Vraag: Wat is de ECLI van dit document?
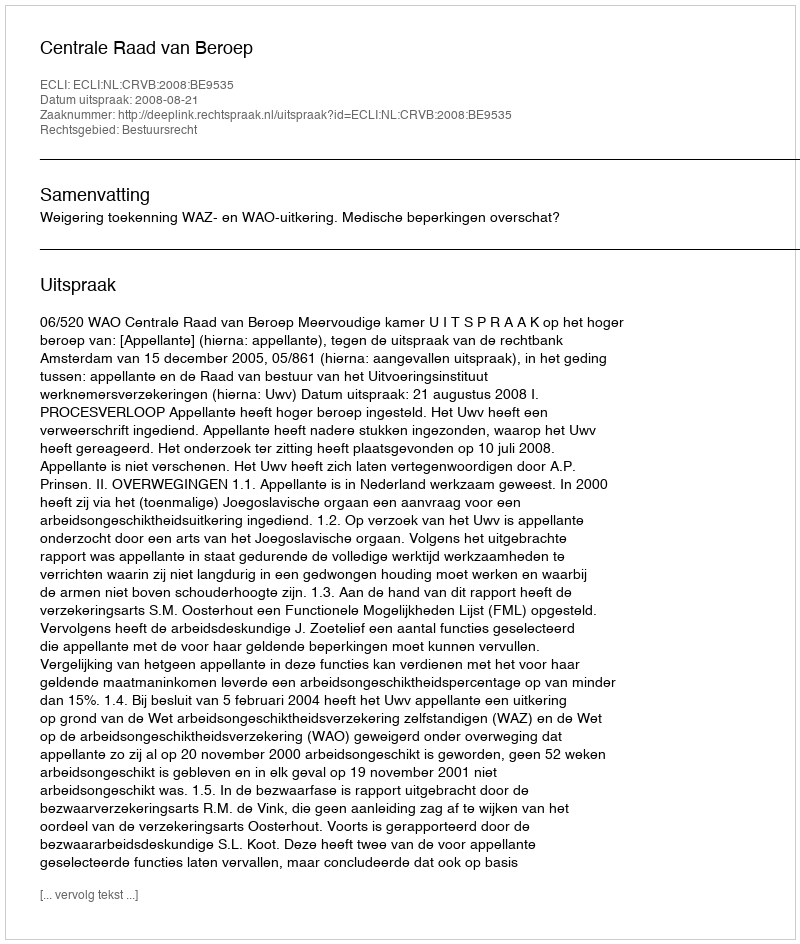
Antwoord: ECLI:NL:CRVB:2008:BE9535